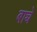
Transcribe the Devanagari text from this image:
बाच्चे